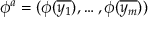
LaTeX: \phi ^ { a } = ( \phi ( { \overline { { y _ { 1 } } } } ) , \dots , \phi ( { \overline { { y _ { m } } } } ) )